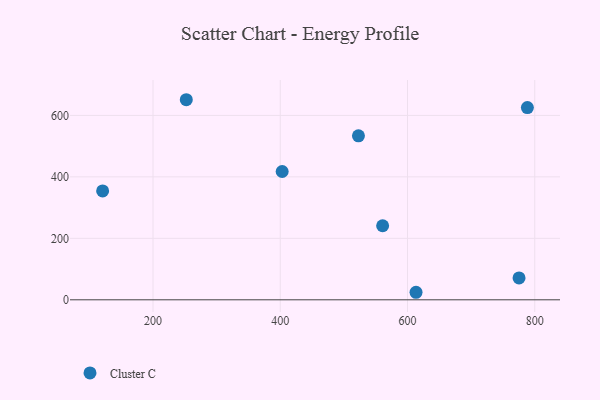
{"axis": {"x": "Distance", "y": "Rating"}, "legend": ["Cluster C"], "data": [{"x": "120.8", "y": 354.1, "type": "Cluster C"}, {"x": "775.3", "y": 71.2, "type": "Cluster C"}, {"x": "522.9", "y": 533.4, "type": "Cluster C"}, {"x": "252.3", "y": 651.0, "type": "Cluster C"}, {"x": "403.0", "y": 417.4, "type": "Cluster C"}, {"x": "560.9", "y": 240.9, "type": "Cluster C"}, {"x": "613.4", "y": 24.5, "type": "Cluster C"}, {"x": "788.4", "y": 625.6, "type": "Cluster C"}]}